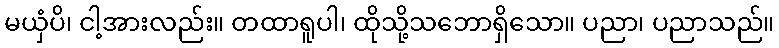
မယှံပိ၊ ငါ့အားလည်း။ တထာရူပါ၊ ထိုသို့သဘောရှိသော။ ပညာ၊ ပညာသည်။